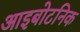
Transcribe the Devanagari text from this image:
आइबोटनिक